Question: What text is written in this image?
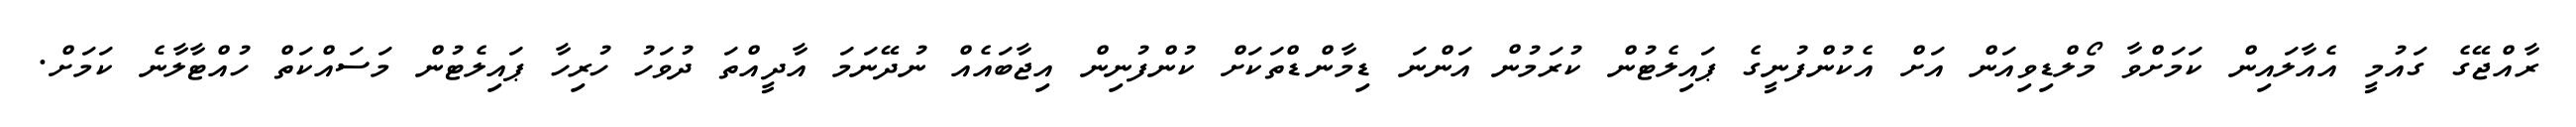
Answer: ރާއްޖޭގެ ގައުމީ އެއާލައިން ކަމަށްވާ މޯލްޑިވިއަން އަށް އެކުންފުނީގެ ޕައިލެޓުން ކުރަމުން އަންނަ ޑިމާންޑްތަކަށް ކުންފުނިން އިޖާބައެއް ނުދޭނަމަ އާދީއްތަ ދުވަހު ހުރިހާ ޕައިލެޓުން މަސައްކަތް ހުއްޓާލާނެ ކަމަށް.